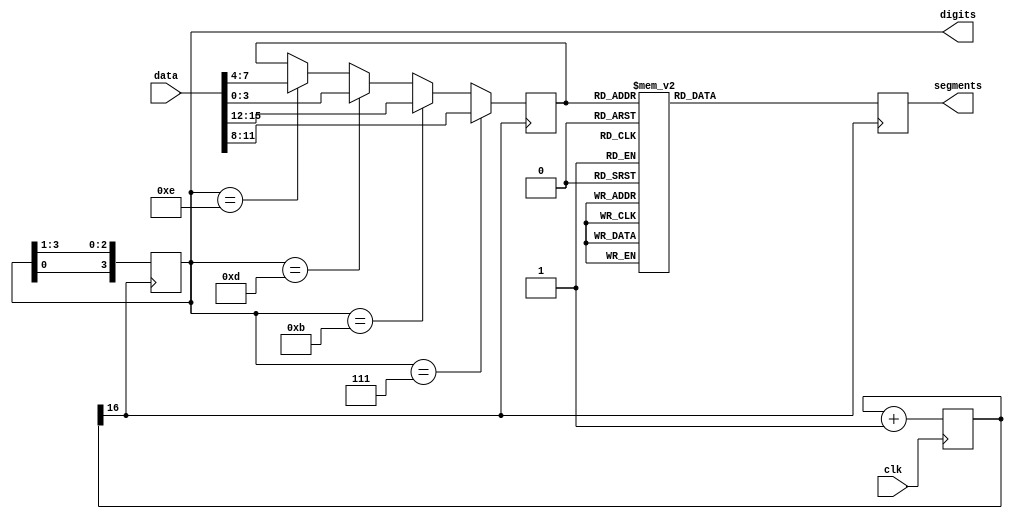

module seven_segment(
	input  clk,
	input wire[15:0]data,
	output[7:0] segments,
	output[3:0] digits
);	

reg[7:0] reg_segments;
reg[3:0] reg_digits;
reg[3:0] num;
reg[31:0] cnt;

initial begin
	reg_segments <= 8'b00000000;
	reg_digits <= 4'b1110;
end


always @(posedge clk) begin

	cnt = cnt + 1'b1;
	
end

always @(posedge cnt[16]) begin//16

	reg_digits <= {reg_digits[0],reg_digits[3:1]};
	
	if(reg_digits == 4'b1110) num <= data[7:4];
	if(reg_digits == 4'b1101) num <= data[3:0];
	if(reg_digits == 4'b1011) num <= data[15:12];
	if(reg_digits == 4'b0111) num <= data[11:8];
	
	case(num)
		4'b0000: reg_segments <= 8'b00000011; // "0"  
		4'b0001: reg_segments <= 8'b10011111; // "1" 
		4'b0010: reg_segments <= 8'b00100101; // "2" 
		4'b0011: reg_segments <= 8'b00001101; // "3" 
		4'b0100: reg_segments <= 8'b10011001; // "4" 
		4'b0101: reg_segments <= 8'b01001001; // "5" 
		4'b0110: reg_segments <= 8'b01000001; // "6" 
		4'b0111: reg_segments <= 8'b00011111; // "7" 
		4'b1000: reg_segments <= 8'b00000001; // "8"  
		4'b1001: reg_segments <= 8'b00011001; // "9" 
		4'b1010: reg_segments <= 8'b00010001;
		4'b1011: reg_segments <= 8'b11000001;
		4'b1100: reg_segments <= 8'b01100011;
		4'b1101: reg_segments <= 8'b10000101;
		4'b1110: reg_segments <= 8'b01100001;
		4'b1111: reg_segments <= 8'b01110001;
		default: reg_segments <= 8'b11111111; // off

	endcase

end


assign segments = reg_segments;
assign digits = reg_digits;
endmodule